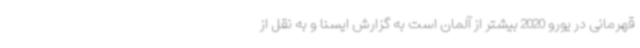
قهرمانی در یورو 2020 بیشتر از آلمان است به گزارش ایسنا و به نقل از